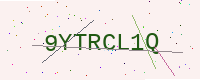
Text: 9YTRCL1Q